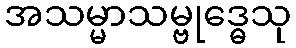
အသမ္မာသမ္ဗုဒ္ဓေသု